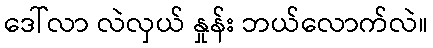
ဒေါ်လာ လဲလှယ် နှုန်း ဘယ်လောက်လဲ။